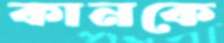
কানকে